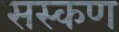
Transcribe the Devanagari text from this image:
सस्कण